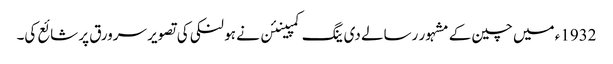
1932ء میں چین کے مشہور رسالے دی ینگ کمپینئن نے ہو لنکی کی تصویر سرورق پر شائع کی۔